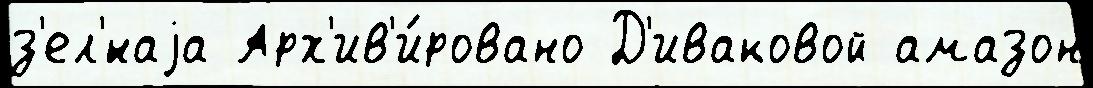
з'ел'́наjа Арх'ив'и́ровано Д'иваковой амазон